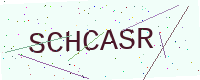
Text: SCHCASR